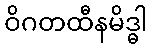
ဝိဂတထီနမိဒ္ဓါ